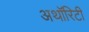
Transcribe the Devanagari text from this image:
अथाॅरिटी